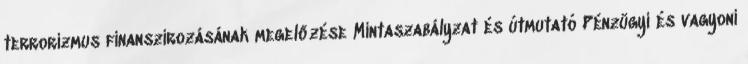
terrorizmus finanszírozásának megelőzése Mintaszabályzat és útmutató Pénzügyi és vagyoni